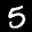
Label: 5